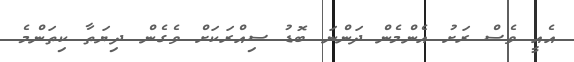
އެއީ ވެސް ރަށު އެންމެން ދަންނަ ބޮޑު ސިއްރަކަށް ވެގެން ދިޔަތާ ކިތަންމެ